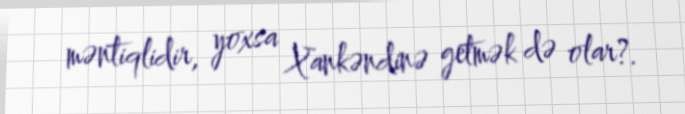
məntiqlidir, yoxsa Xankəndinə getmək də olar?.